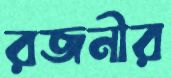
রজনীর